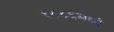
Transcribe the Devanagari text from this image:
१८८६मध्ये